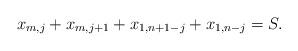
LaTeX: \begin{align*} x_{m,j} + x_{m,j+1} + x_{1,n+1-j} + x_{1,n-j} = S.\end{align*}